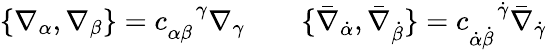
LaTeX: \{ \nabla_{\alpha},\nabla_{\beta}\} =c_{\alpha\beta}^{\enspace\enspace\gamma}\nabla_{\gamma}\qquad\{ \bar{\nabla}_{\dot{\alpha}},\bar{\nabla}_{\dot{\beta}}\} =c_{\dot{\alpha}\dot{\beta}}^{\enspace\enspace\dot{\gamma}}\bar{\nabla}_{\dot{\gamma}}